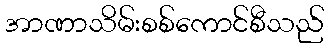
အာဏာသိမ်းစစ်ကောင်စီသည်